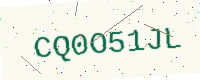
Text: CQ0O51JL